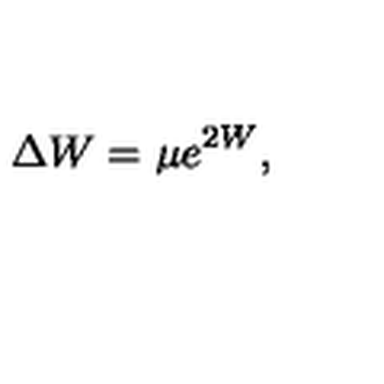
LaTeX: \Delta W = \mu e ^ { 2 W } ,